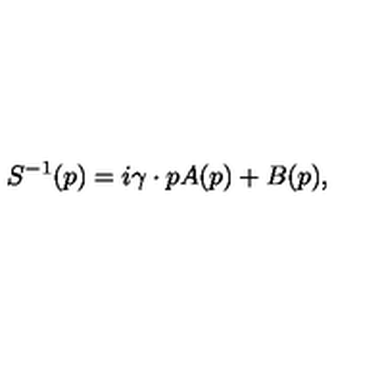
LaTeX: S ^ { - 1 } ( p ) = i \gamma \cdot p A ( p ) + B ( p ) ,